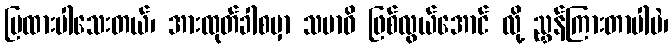
ပြထားပါသေးတယ်၊ အားထုတ်ခါစမှာ သမာဓိ ဖြစ်လွယ်အောင် လို့ ညွှန်ကြားတာပါပဲ၊